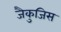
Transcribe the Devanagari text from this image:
जैकुजिस